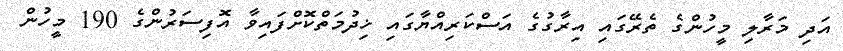
އަދި މަރާލި މީހުންގެ ތެރޭގައި އިރާގުގެ އަސްކަރިއްޔާގައި ޚިދުމަތްކޮށްފައިވާ އޮފިސަރުންގެ 190 މީހުން